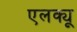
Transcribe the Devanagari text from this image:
एलक्यू